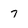
Character: 7